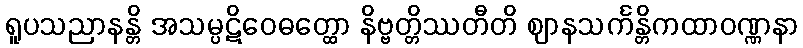
ရူပသညာနန္တိ အသမ္ပဋိဝေဓတ္ထော နိဗ္ဗတ္တိဿတီတိ ဈာနသင်္ကန္တိကထာဝဏ္ဏနာ